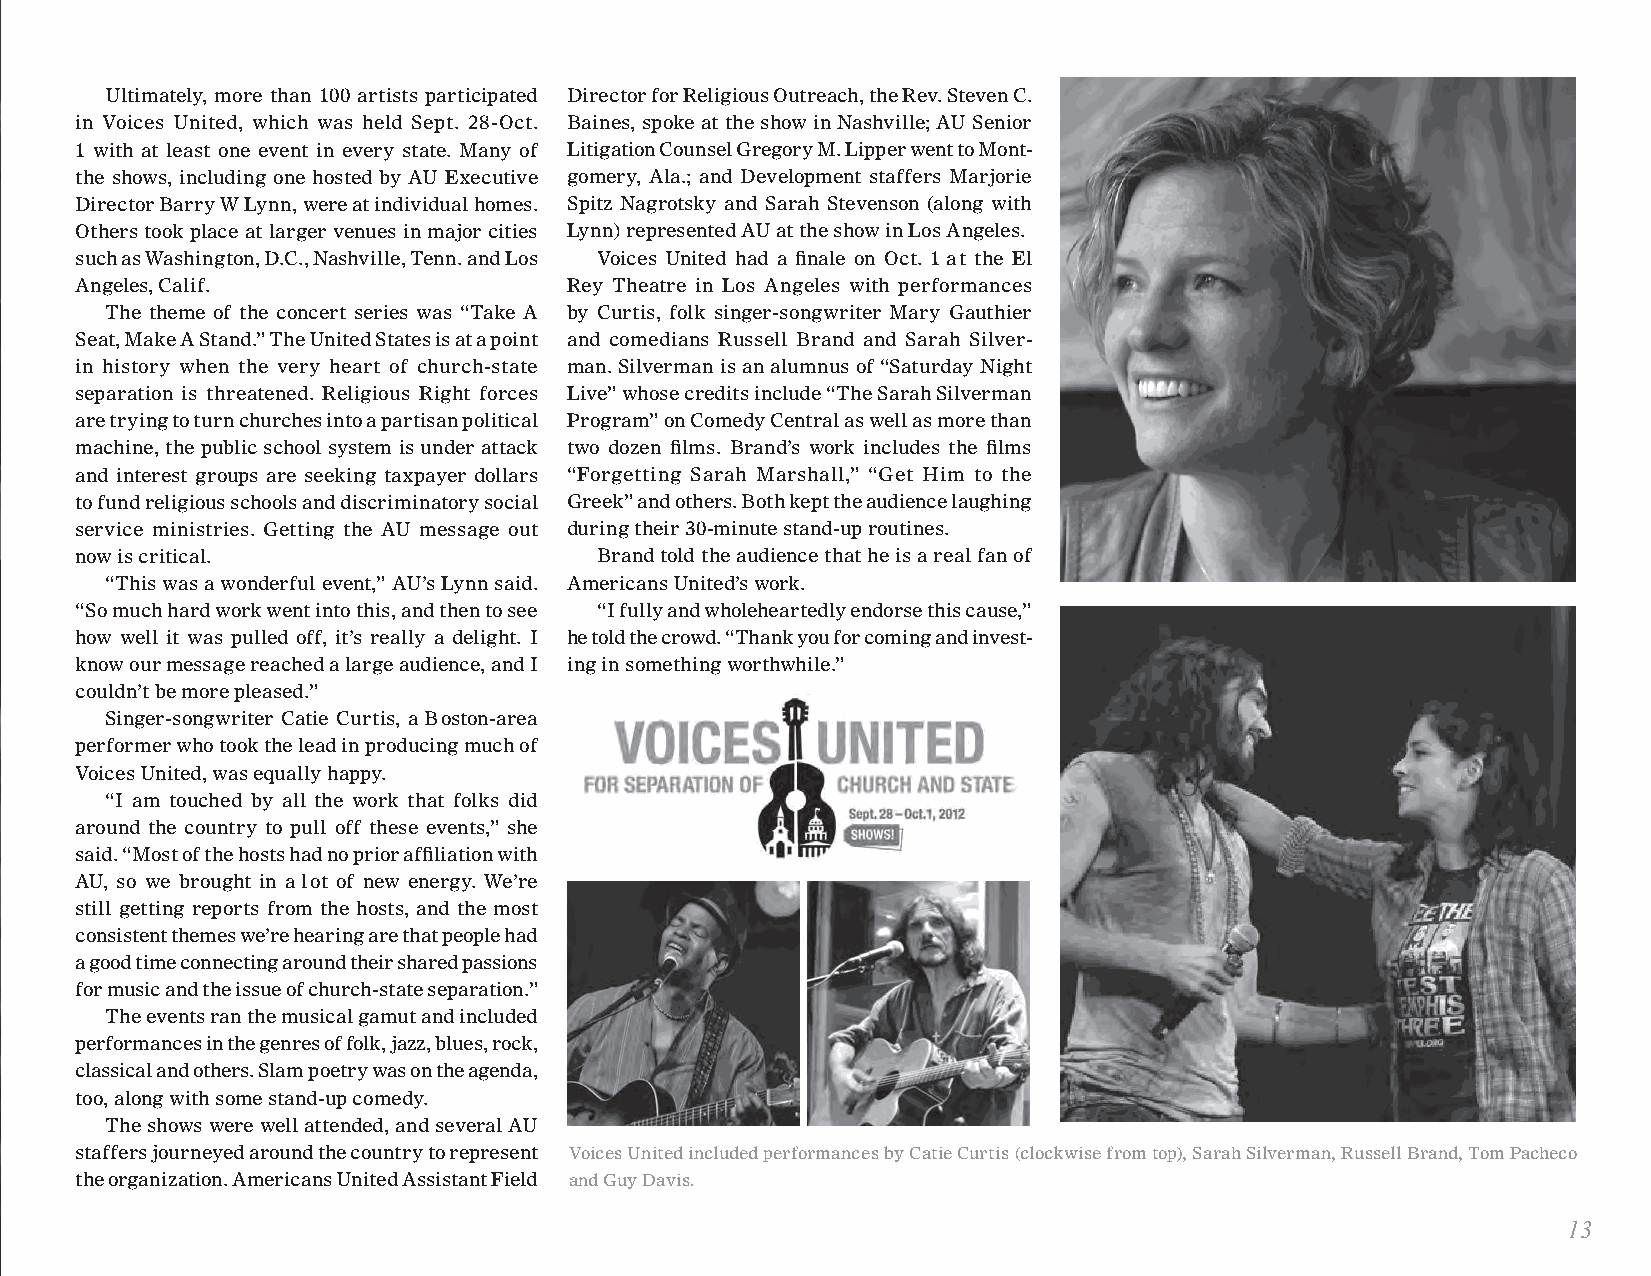
Ultimately, more than 100 artists participated Director for Religious Outreach, the Rev. Steven C.
 in Voices United, which was held Sept. 28-Oct. Baines, spoke at the show in Nashville; AU Senior
 1 with at least one event in every state. Many of Litigation Counsel Gregory M. Lipper went to Mont-
 the shows, including one hosted by AU Executive gomery, Ala.; and Development staffers Marjorie
 Director Barry W Lynn, were at individual homes. Spitz Nagrotsky and Sarah Stevenson (along with
 Others took place at larger venues in major cities Lynn) represented AU at the show in Los Angeles.
 such as Washington, D.C., Nashville, Tenn. and Los Voices United had a finale on Oct. 1 at the El
 Angeles, Calif.                 Rey Theatre in Los Angeles with performances
 The theme of the concert series was “Take A by Curtis, folk singer-songwriter Mary Gauthier
 Seat, Make A Stand.” The United States is at a point and comedians Russell Brand and Sarah Silver-
 in history when the very heart of church-state man. Silverman is an alumnus of “Saturday Night
 separation is threatened. Religious Right forces Live” whose credits include “The Sarah Silverman
 are trying to turn churches into a partisan political Program” on Comedy Central as well as more than
 machine, the public school system is under attack two dozen films. Brand’s work includes the films
 and interest groups are seeking taxpayer dollars “Forgetting Sarah Marshall,” “Get Him to the
 to fund religious schools and discriminatory social Greek” and others. Both kept the audience laughing
 service ministries. Getting the AU message out during their 30-minute stand-up routines.
 now is critical.                  Brand told the audience that he is a real fan of
 “This was a wonderful event,” AU’s Lynn said. Americans United’s work.
 “So much hard work went into this, and then to see “I fully and wholeheartedly endorse this cause,”
 how well it was pulled off, it’s really a delight. I he told the crowd. “Thank you for coming and invest-
 know our message reached a large audience, and I ing in something worthwhile.”
 couldn’t be more pleased.”
 Singer-songwriter Catie Curtis, a Boston-area
 performer who took the lead in producing much of
 Voices United, was equally happy.
 “I am touched by all the work that folks did
 around the country to pull off these events,” she
 said. “Most of the hosts had no prior affiliation with
 AU, so we brought in a lot of new energy. We’re
 still getting reports from the hosts, and the most
 consistent themes we’re hearing are that people had
 a good time connecting around their shared passions
 for music and the issue of church-state separation.”
 The events ran the musical gamut and included
 performances in the genres of folk, jazz, blues, rock,
 classical and others. Slam poetry was on the agenda,
 too, along with some stand-up comedy.
 The shows were well attended, and several AU
 staffers journeyed around the country to represent Voices United included performances by Catie Curtis (clockwise from top), Sarah Silverman, Russell Brand, Tom Pacheco
 the organization. Americans United Assistant Field and Guy Davis.
 13